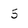
Character: 5